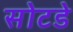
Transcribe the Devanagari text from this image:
सोटडे